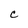
Character: C